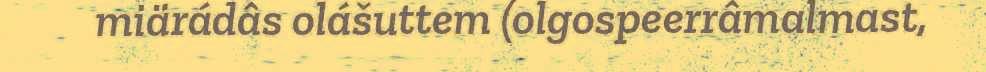
miärádâs olášuttem (olgospeerrâmalmast,